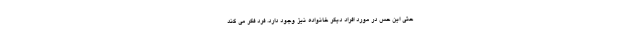
حتی این حس در مورد افراد دیگر خانواده نیز وجود دارد. فرد فکر می کند